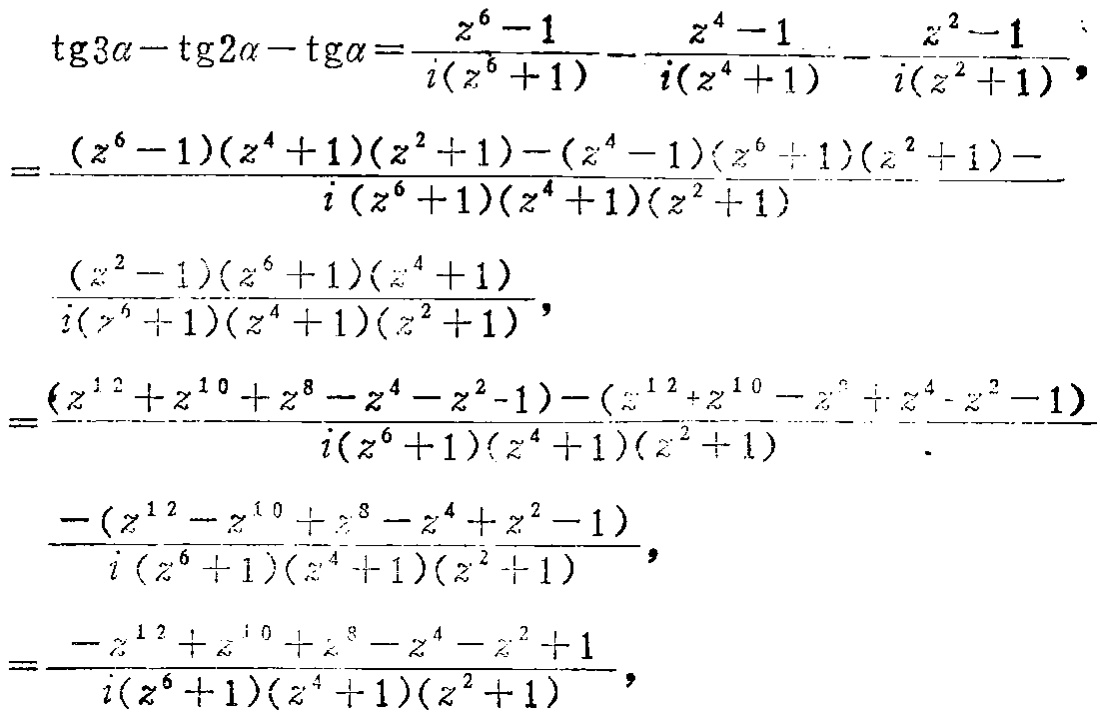
\begin{align*}
\mathrm{tg}3\alpha - \mathrm{tg}2\alpha - \mathrm{tg}\alpha&=\frac{z^{6}-1}{i(z^{6}+1)}-\frac{z^{4}-1}{i(z^{4}+1)}-\frac{z^{2}-1}{i(z^{2}+1)},\\
&=\frac{(z^{6}-1)(z^{4}+1)(z^{2}+1)-(z^{4}-1)(z^{6}+1)(z^{2}+1)-}{i(z^{6}+1)(z^{4}+1)(z^{2}+1)}\\
&\frac{(z^{2}-1)(z^{6}+1)(z^{4}+1)}{i(z^{6}+1)(z^{4}+1)(z^{2}+1)},\\
&=\frac{(z^{12}+z^{10}+z^{8}-z^{4}-z^{2}-1)-(z^{12}+z^{10}-z^{8}+z^{4}-z^{2}-1)}{i(z^{6}+1)(z^{4}+1)(z^{2}+1)}\\
&\frac{-(z^{12}-z^{10}+z^{8}-z^{4}+z^{2}-1)}{i(z^{6}+1)(z^{4}+1)(z^{2}+1)},\\
&=\frac{-z^{12}+z^{10}+z^{8}-z^{4}-z^{2}+1}{i(z^{6}+1)(z^{4}+1)(z^{2}+1)},
\end{align*}